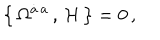
\big \{ \, \Omega ^ { \dot { a } \, a } \, , \, { \cal H } \, \big \} = 0 \, ,